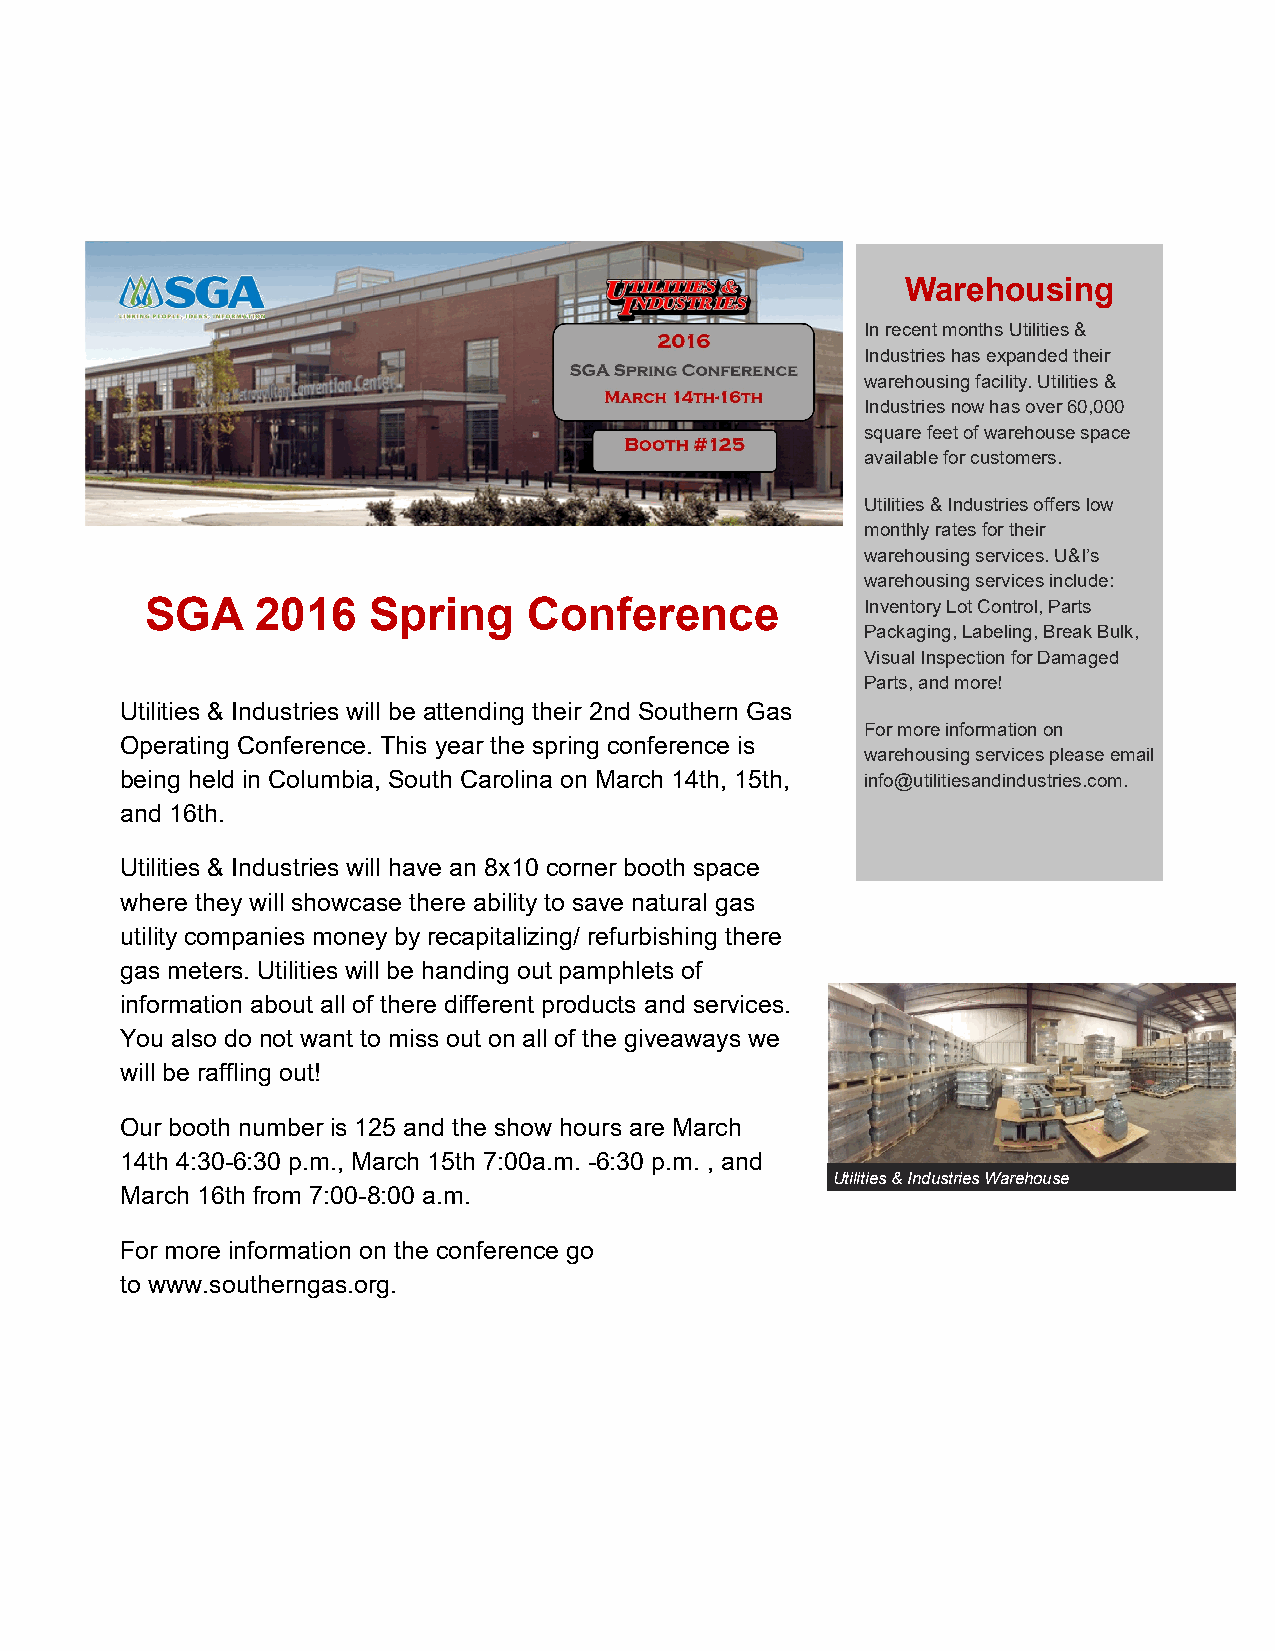
Warehousing
 In recent months Utilities &
 Industries has expanded their
 warehousing facility. Utilities &
 Industries now has over 60,000
 square feet of warehouse space
 available for customers.
 Utilities & Industries offers low
 monthly rates for their
 warehousing services. U&I’s
 warehousing services include:
 SGA    2016   Spring     Conference            Inventory Lot Control, Parts
 Packaging, Labeling, Break Bulk,
 Visual Inspection for Damaged
 Parts, and more!
 Utilities & Industries will be attending their 2nd Southern Gas
 For more information on
 Operating Conference. This year the spring conference is
 warehousing services please email
 being held in Columbia, South Carolina on March 14th, 15th, info@utilitiesandindustries.com.
 and 16th.
 Utilities & Industries will have an 8x10 corner booth space
 where they will showcase there ability to save natural gas
 utility companies money by recapitalizing/ refurbishing there
 gas meters. Utilities will be handing out pamphlets of
 information about all of there different products and services.
 You also do not want to miss out on all of the giveaways we
 will be raffling out!
 Our booth number is 125 and the show hours are March
 14th 4:30-6:30 p.m., March 15th 7:00a.m. -6:30 p.m. , and
 Utilities & Industries Warehouse
 March 16th from 7:00-8:00 a.m.
 For more information on the conference go
 to www.southerngas.org.